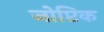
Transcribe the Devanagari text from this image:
जोप्टिक